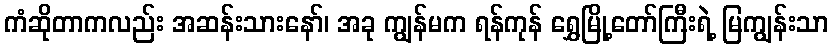
ကံဆိုတာကလည်း အဆန်းသားနော်၊ အခု ကျွန်မက ရန်ကုန် ရွှေမြို့တော်ကြီးရဲ့ မြကျွန်းသာ